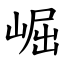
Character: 崛